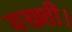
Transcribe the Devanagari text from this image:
बख्शी।